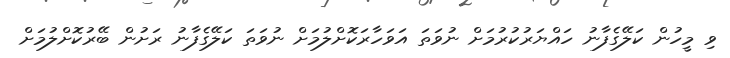
ވި މީހުން ކަލޭގެފާނު ހައްޔަރުކުރުމަށް ނުވަތަ އަވަހާރަކޮށްލުމަށް ނުވަތަ ކަލޭގެފާނު ރަށުން ބޭރުކޮށްލުމަށް